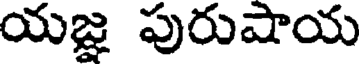
యజ్ఞ పురుషాయ